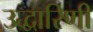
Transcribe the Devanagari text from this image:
उद्धारिणी